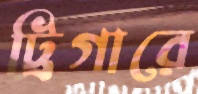
ট্রিগারে